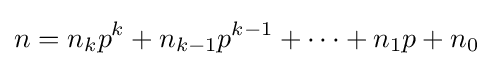
n=n_{k}p^{k}+n_{k-1}p^{k-1}+\cdots +n_{1}p+n_{0}